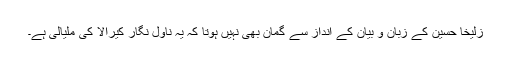
زُلیخا حُسین کے زبان و بیان کے انداز سے گمان بھی نہیں ہوتا کہ یہ ناول نگار کیرالا کی ملیالی ہے۔